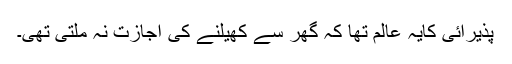
پذیرائی کایہ عالم تھا کہ گھر سے کھیلنے کی اجازت نہ ملتی تھی۔